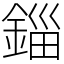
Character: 錙